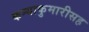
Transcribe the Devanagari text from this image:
कन्याकुमारीसह